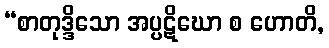
“စာတုဒ္ဒိသော အပ္ပဋိဃော စ ဟောတိ,